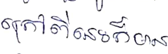
ក្រៅពីនេះក៏មាន